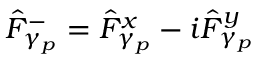
\hat { F } _ { \gamma _ { p } } ^ { - } = \hat { F } _ { \gamma _ { p } } ^ { x } - i \hat { F } _ { \gamma _ { p } } ^ { y }